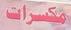
مكسرات